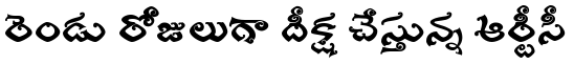
రెండు రోజులుగా దీక్ష చేస్తున్న ఆర్టీసీ